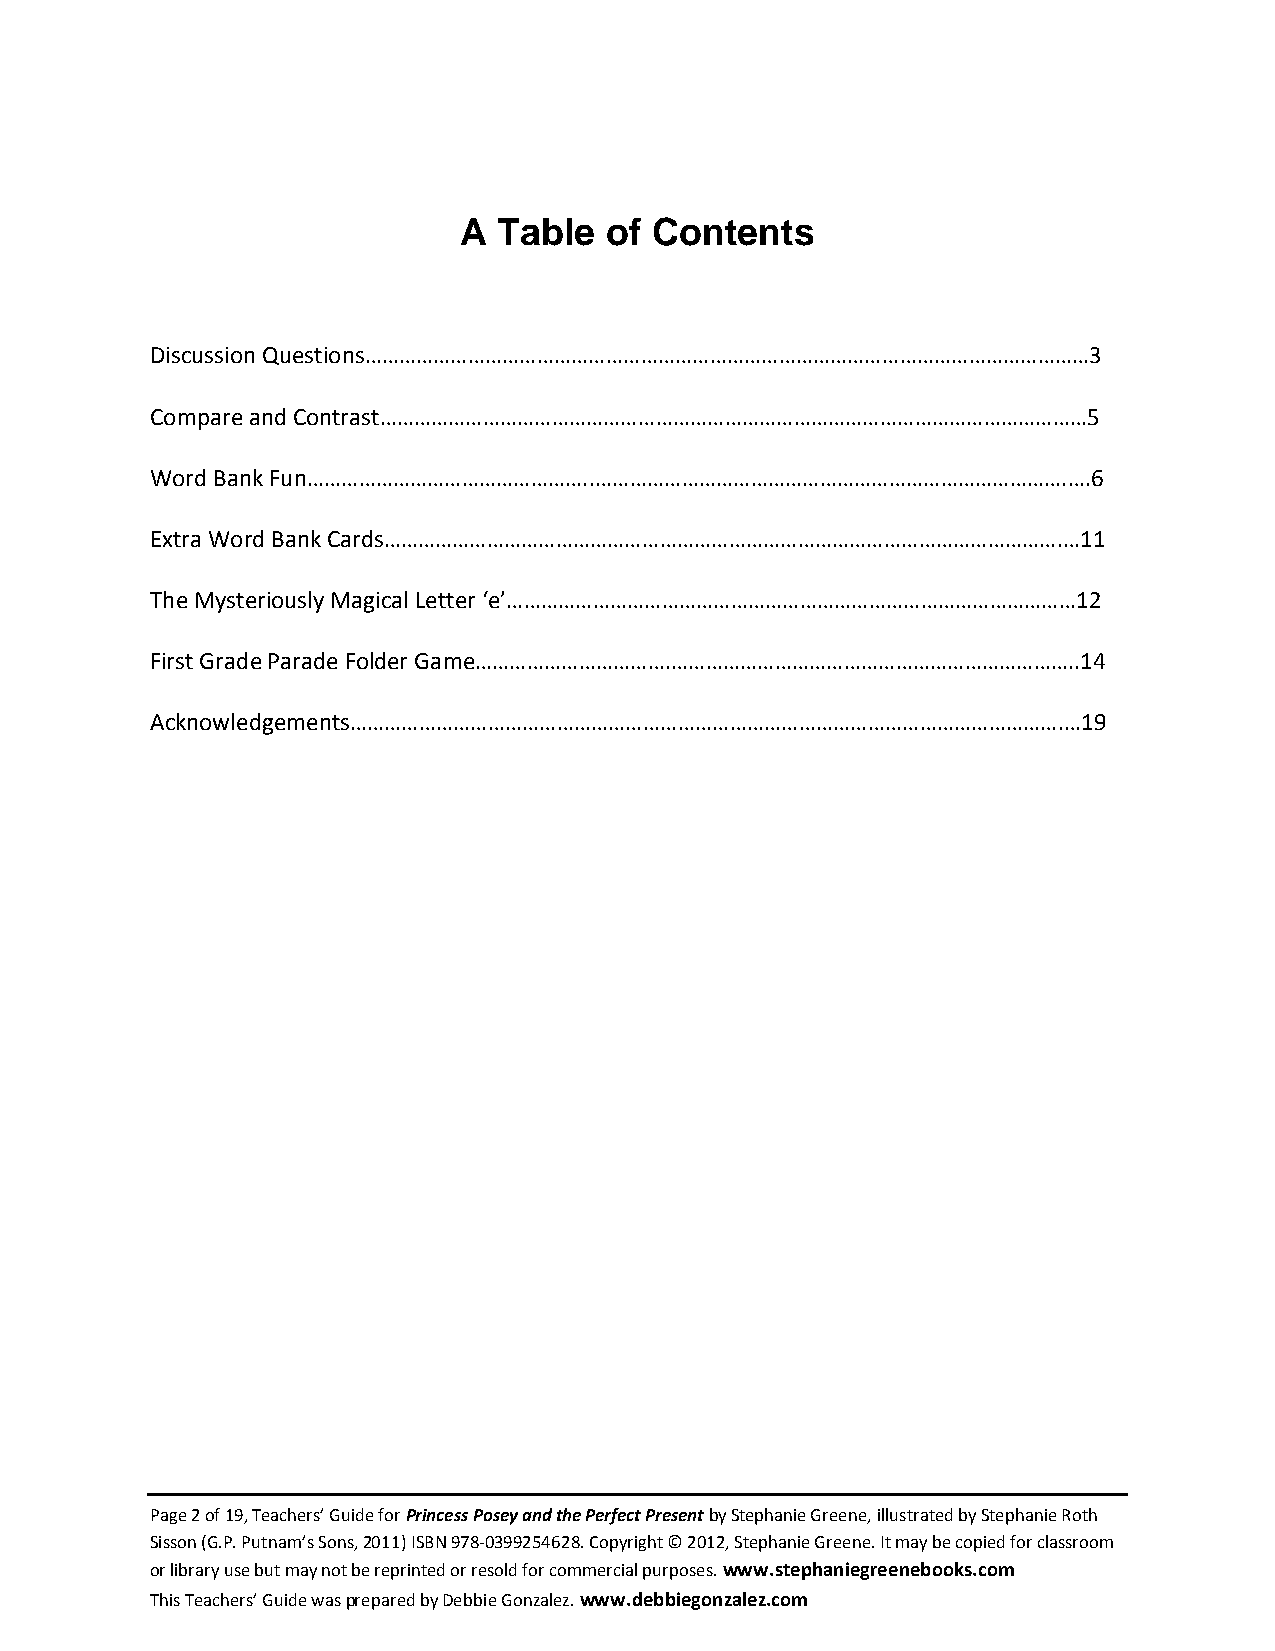
A  Table  of Contents
 Discussion Questions………………………………………………………………………………………………………………3
 Compare and Contrast……………………………………………………………………………………………………………5
 Word Bank Fun…………………………………………..……………………………………………………………………….….6
 Extra Word Bank Cards……………………………………………………………………………………………………….…11
 The Mysteriously Magical Letter ‘e’………………………………………………………………………………………12
 First Grade Parade Folder Game…………………………….……………………………………………………………..14
 Acknowledgements…………………………………………………………………………………………………………….…19
 Page 2 of 19, Teachers’ Guide for Princess Posey and the Perfect Present by Stephanie Greene, illustrated by Stephanie Roth
 Sisson (G.P. Putnam’s Sons, 2011) ISBN 978-0399254628. Copyright © 2012, Stephanie Greene. It may be copied for classroom
 or library use but may not be reprinted or resold for commercial purposes. www.stephaniegreenebooks.com
 This Teachers’ Guide was prepared by Debbie Gonzalez. www.debbiegonzalez.com